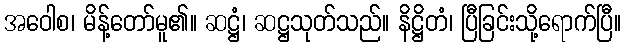
အဝေါစ၊ မိန့်တော်မူ၏။ ဆဋ္ဌံ၊ ဆဋ္ဌသုတ်သည်။ နိဋ္ဌိတံ၊ ပြီခြင်းသို့ရောက်ပြီ။